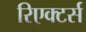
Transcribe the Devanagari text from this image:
रिएक्टर्स